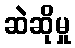
ဆဲဆိုမှု